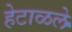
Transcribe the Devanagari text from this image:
हेटाळले